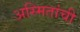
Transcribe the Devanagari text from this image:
अस्मितांची